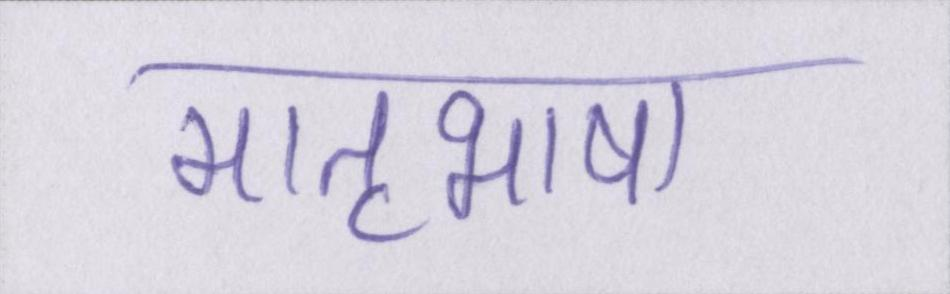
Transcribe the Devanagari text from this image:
मातृभाषा